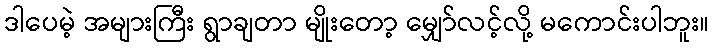
ဒါပေမဲ့ အများကြီး ရွာချတာ မျိုးတော့ မျှော်လင့်လို့ မကောင်းပါဘူး။